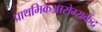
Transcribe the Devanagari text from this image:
प्राथमिकआरोग्यकेंद्र